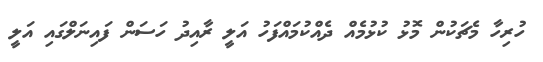
ހުރިހާ މެޗަކުން މޮޅު ކުޅުމެއް ދެއްކުމައްފަހު އަލީ ރާއިދު ހަސަން ފައިނަލްގައި އަލީ